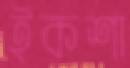
ইকশা